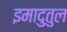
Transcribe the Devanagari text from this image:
इमादुतुल